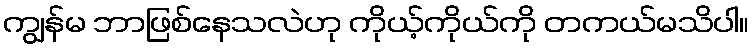
ကျွန်မ ဘာဖြစ်နေသလဲဟု ကိုယ့်ကိုယ်ကို တကယ်မသိပါ။